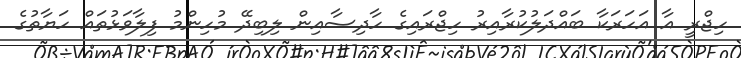
ހިޖްރީ އާ އަހަރަކާ ބައްދަލުކުރާއިރު ހިޖްރައިގެ ހާދިސާއިން ލިބިދޭ މުހިންމު ފިލާވަޅުތައް ހަޔާތުގެ